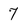
Character: 7